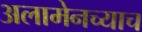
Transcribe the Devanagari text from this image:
अलामेनच्याच